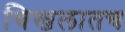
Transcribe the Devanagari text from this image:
चिखलातच